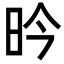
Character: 昑